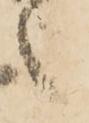
之